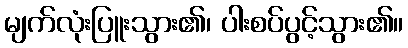
မျက်လုံးပြူးသွား၏၊ ပါးစပ်ပွင့်သွား၏။